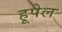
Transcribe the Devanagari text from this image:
हूपेल